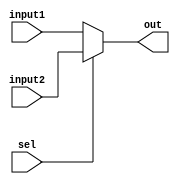

module MUX2to1 #(
    parameter N = 32
)(
    input [N-1:0] input1, input2,
    input sel,
    output [N-1:0] out
);
    assign out = sel ? input2 : input1;
endmodule